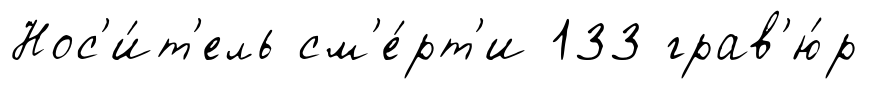
Нос'и́т'ель см'е́рт'и 133 грав'ю́р